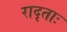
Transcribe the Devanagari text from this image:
रादृताः